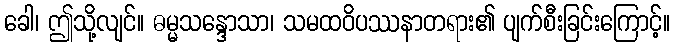
ခေါ၊ ဤသို့လျင်။ ဓမ္မသန္ဒောသာ၊ သမထဝိပဿနာတရား၏ ပျက်စီးခြင်းကြောင့်။